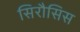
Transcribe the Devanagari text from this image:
सिरौसिस